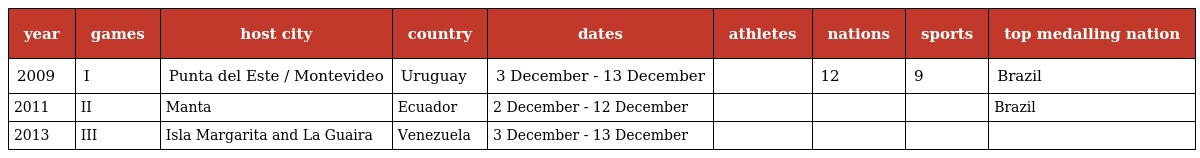
| year | games | host city | country | dates | athletes | nations | sports | top medalling nation |
 | --- | --- | --- | --- | --- | --- | --- | --- | --- |
 | 2009 | I | Punta del Este / Montevideo | Uruguay | 3 December - 13 December |  | 12 | 9 | Brazil |
 | 2011 | II | Manta | Ecuador | 2 December - 12 December |  |  |  | Brazil |
 | 2013 | III | Isla Margarita and La Guaira | Venezuela | 3 December - 13 December |  |  |  |  |